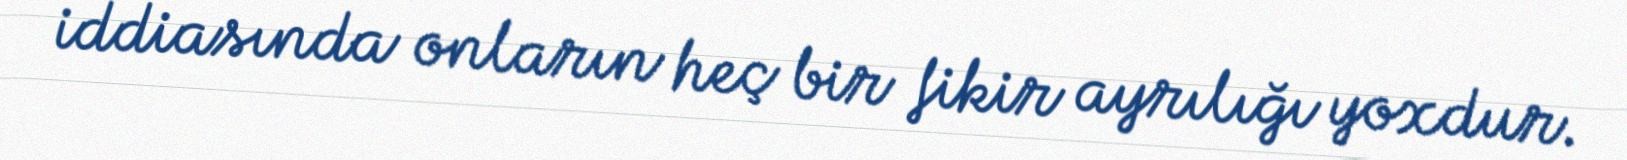
iddiasında onların heç bir fikir ayrılığı yoxdur.